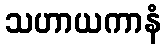
သဟာယကာနံ